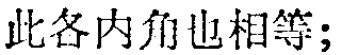
此各内角也相等；